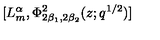
[ L _ { m } ^ { \alpha } , \Phi _ { 2 \beta _ { 1 } , 2 \beta _ { 2 } } ^ { 2 } ( z ; q ^ { 1 / 2 } ) ] \